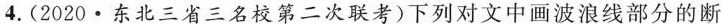
4.(2020·东北三省三名校第二次联考)下列对文中画波浪线部分的断